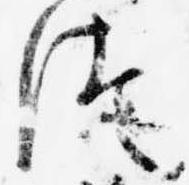
つ